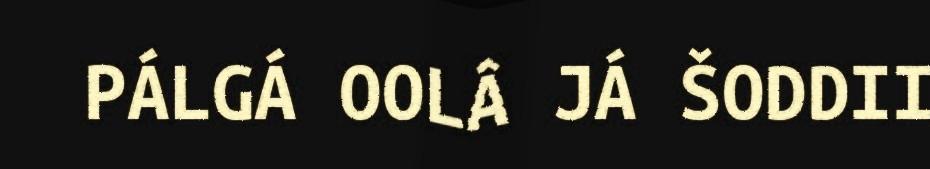
PÁLGÁ OOLÂ JÁ ŠODDII